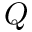
Q